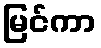
မြင်ကာ